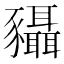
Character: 䝕